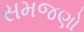
સમજણો